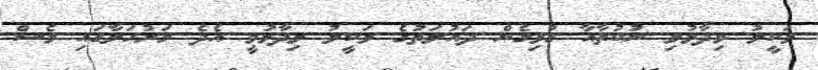
ވަކީލު ވިދާޅުވި ނުކުތާއާ ގުޅިގެން ދައުލަތުގެ ވަކީލު ވިދާޅުވީ އެދެ މަރުހަލާގައި ވެސް